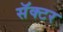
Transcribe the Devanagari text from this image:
सॅक्टर